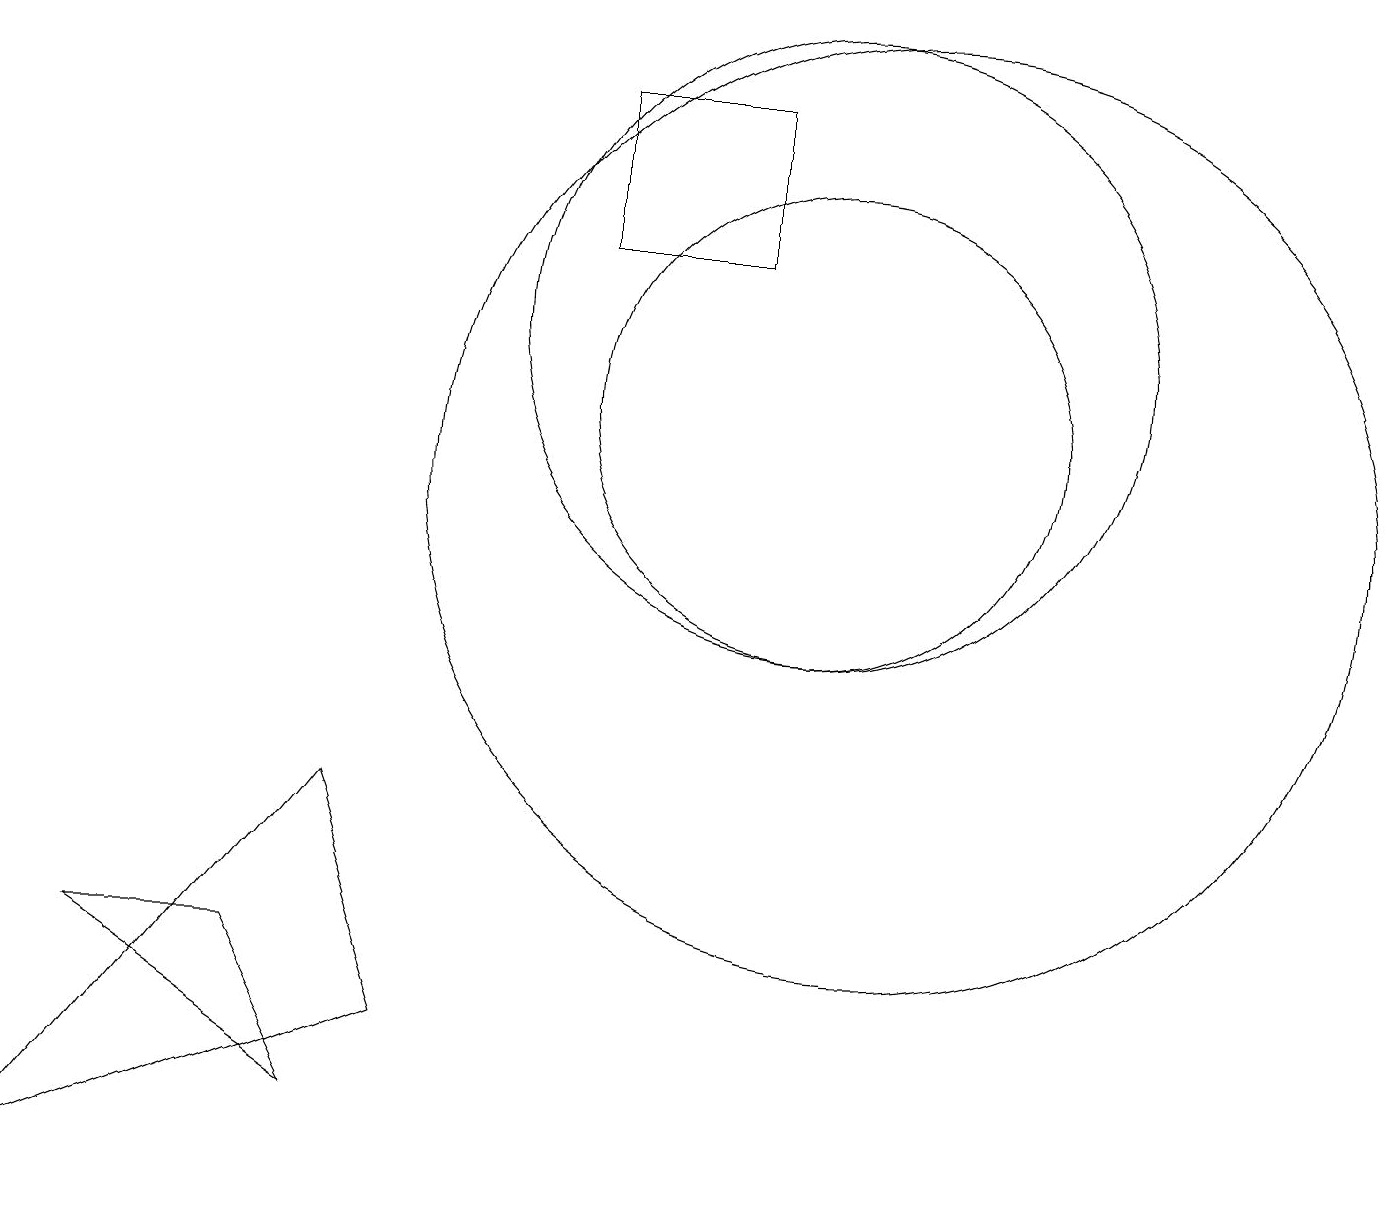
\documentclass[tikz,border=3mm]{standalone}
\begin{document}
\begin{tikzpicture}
\draw (10,11) circle (3);
\draw (7,15) rectangle (9,13);
\draw (4,2) -- (1,4) -- (3,4) -- cycle;
\draw (11,10) circle (6);
\draw (10,12) circle (4);
\draw (4,6) -- (5,3) -- (0,1) -- cycle;
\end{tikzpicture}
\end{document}